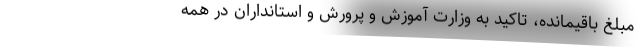
مبلغ باقیمانده، تاکید به وزارت آموزش و پرورش و استانداران در همه